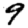
Digit: 9